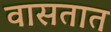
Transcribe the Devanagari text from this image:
वासतात